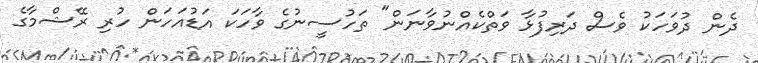
ދެން ދުވަހަކު ވެސް ދަރިފުޅާ ވަތްކެއްނުވާނަން" ތަހުސީނުގެ ވާހަކަ އަޑުއަހަން ހުރި ރޭޝްމާގެ